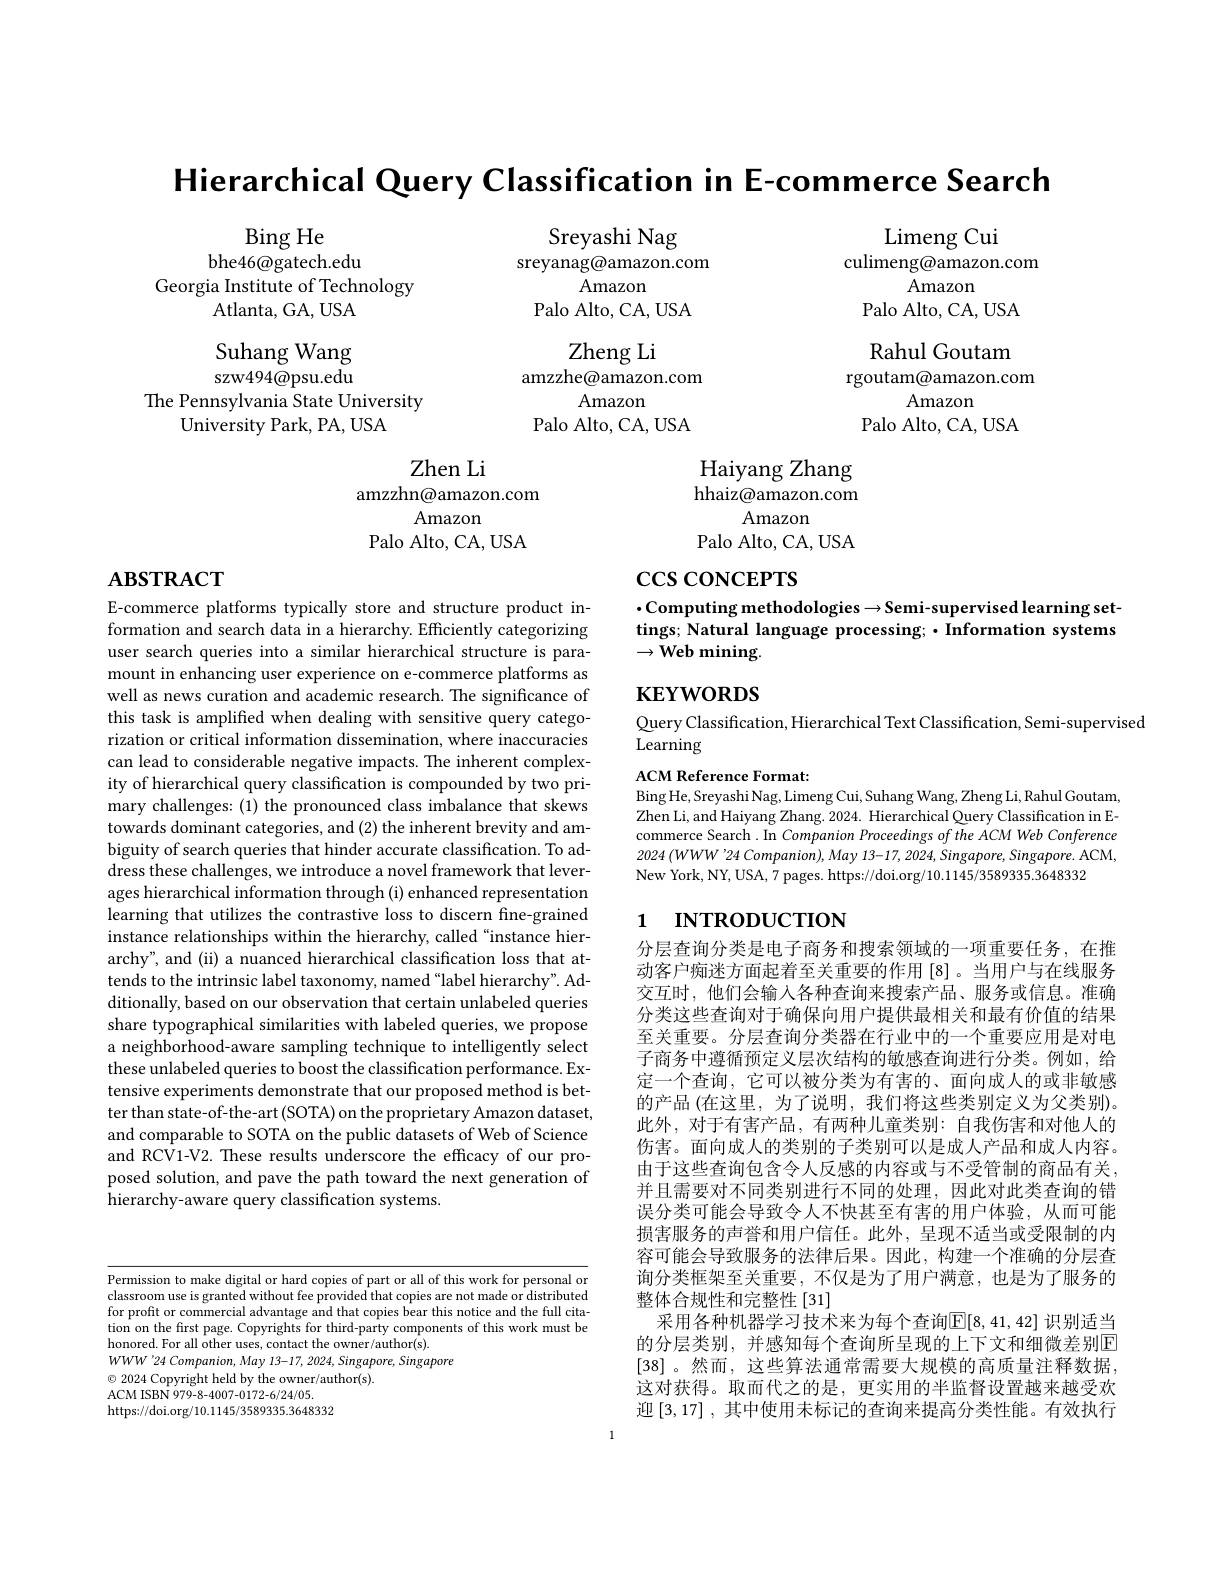
Hierarchical Query Classification in E-commerce Search

Bing He
bhe46@gatech.edu
Georgia Institute of Technology
Atlanta, GA, USA

Limeng Cui
culimeng@amazon.com
Amazon
Palo Alto, CA, USA Rahul Goutam
rgoutam@amazon.com
Amazon
Palo Alto, CA, USA

Suhang Wang szw494@psu.edu
The Pennsylvania State University
University Park, PA, USA

Sreyashi Nag
sreyanag@amazon.com
Amazon
Palo Alto, CA, USA
Zheng Li
amzzhe@amazon.com
Amazon
Palo Alto, CA, USA
Zhen Li
Haiyang Zhang

hhaiz@amazon.com

amzzhn@amazon.com
Amazon
Palo Alto, CA, USA

Amazon

Palo Alto, CA, USA

## $\mathbf{ABSTRACT}$

$\csc\csc\cos$CEPTS

$\cdot$Computing methodologies$\to$Semi-supervised learning settings; Natural language processing; $\cdot\hat{\text{Information systems}}$ $\to{\mathrm{Web~mining}}.$

$\mathbf{KEYWORDS}$

Query Classification, Hierarchical Text Classification, Semi-supervised
Learning

ACM Reference Format:
Bing He, Sreyashi Nag, Limeng Cui, Suhang Wang, Zheng Li, Rahul Goutam, Zhen Li, and Haiyang Zhang. 2024. Hierarchical Query Classification in Ecommerce Search . In Companion Proceedings of the ACM Web Conference $2024\left ( WWW^{\prime }24\:Companion\right ) , May$ $13- 17, 2024, Singapore, Singapore.$ ACM, New York, NY, USA, 7 pages. https://doi.org/10.1145/3589335.3648332

E-commerce platforms typically store and structure product information and search data in a hierarchy. Efficiently categorizing user search queries into a similar hierarchical structure is paramount in enhancing user experience on e-commerce platforms as well as news curation and academic research. The significance of this task is amplified when dealing with sensitive query categorization or critical information dissemination, where inaccuracies can lead to considerable negative impacts. The inherent complexity of hierarchical query classification is compounded by two primary challenges: (1) the pronounced class imbalance that skews towards dominant categories, and (2) the inherent brevity and ambiguity of search queries that hinder accurate classification. To address these challenges, we introduce a novel framework that leverages hierarchical information through (i) enhanced representation learning that utilizes the contrastive loss to discern fine-grained instance relationships within the hierarchy, called“instance hierarchy", and (ii) a nuanced hierarchical classification loss that attends to the intrinsic label taxonomy, named "label hierarchy". Additionally, based on our observation that certain unlabeled queries share typographical similarities with labeled queries, we propose a neighborhood-aware sampling technique to intelligently select these unlabeled queries to boost the classification performance. Extensive experiments demonstrate that our proposed method is better than state-of-the-art (SOTA) on the proprietary Amazon dataset, and comparable to SOTA on the public datasets of Web of Science and RCV1-V2. These results underscore the efficacy of our proposed solution, and pave the path toward the next generation of hierarchy-aware query classification systems.

# 1 INTRODUCTION

分层查询分类是电子商务和搜索领域的一项重要任务，在推动客户痴迷方面起着至关重要的作用[8]。当用户与在线服务交互时，他们会输入各种查询来搜索产品、服务或信息。准确分类这些查询对于确保向用户提供最相关和最有价值的结果至关重要。分层查询分类器在行业中的一个重要应用是对电子商务中遵循预定义层次结构的敏感查询进行分类。例如，给定一个查询，它可以被分类为有害的、面向成人的或非敏感的产品 (在这里，为了说明，我们将这些类别定义为父类别)。此外，对于有害产品，有两种儿童类别：自我伤害和对他人的伤害。面向成人的类别的子类别可以是成人产品和成人内容。由于这些查询包含令人反感的内容或与不受管制的商品有关， 并且需要对不同类别进行不同的处理，因此对此类查询的错误分类可能会导致令人不快甚至有害的用户体验，从而可能损害服务的声誉和用户信任。此外，呈现不适当或受限制的内容可能会导致服务的法律后果。因此，构建一个准确的分层查询分类框架至关重要，不仅是为了用户满意，也是为了服务的整体合规性和完整性[31]
采用各种机器学习技术来为每个查询$\mathbb{E}[8,41,42]$ 识别适当的分层类别，并感知每个查询所呈现的上下文和细微差别E [38]。然而，这些算法通常需要大规模的高质量注释数据， 这对获得。取而代之的是，更实用的半监督设置越来越受欢迎$\left[3,17\right]$,其中使用未标记的查询来提高分类性能。有效执行

Permission to make digital or hard copies of part or all of this work for personal or classroom use is granted without fee provided that copies are not made or distributed for profit or commercial advantage and that copies bear this notice and the full citation on the first page. Copyrights for third-party components of this work must be honored. For all other uses, contact the owner/author(s).
$WWW^{\prime }24\textit{ Companion,  May 13- 17,  2024,  Singapore,  Singapore}$
$\odot$ 2024 Copyright held by the owner/author(s).
ACM ISBN 979- 8- 4007- 0172- 6/ 24/ 05.
https://doi.org/10.1145/3589335.3648332